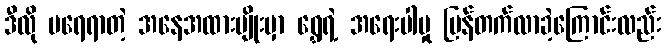
ဒီလို မရေရာတဲ့ အနေအထားမျိုးမှာ ရွှေရဲ့ အရေးပါမှု ပြန်တက်လာခဲ့ကြောင်းလည်း